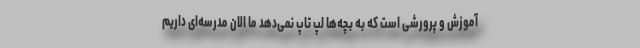
آموزش و پرورشی است که به بچه‌ها لپ تاپ نمی‌دهد ما الان مدرسه‌ای داریم